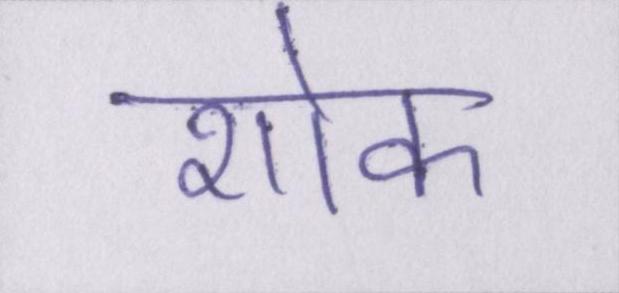
शोक